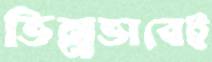
ভিন্নভাবেই